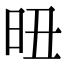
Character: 𣅴